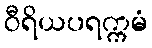
ဝီရိယပရက္ကမံ